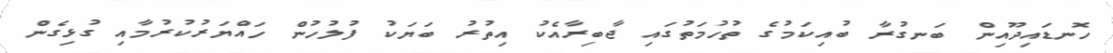
ހޮނޑައިދޫއިން ބަނގުރާ ބުއިކަމުގެ ތުހުމަތުގައި ޖާބިރާއެކު އިތުރު ބަޔަކު ފުލުހުން ހައްޔަރުކުރުމާއި ގުޅިގެން